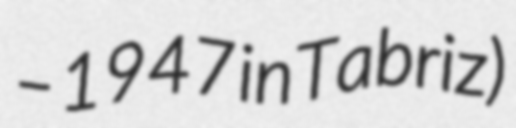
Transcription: – 1947 in Tabriz)